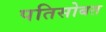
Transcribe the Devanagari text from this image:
पतिसोबत